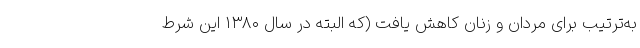
به‌ترتیب برای مردان و زنان کاهش یافت (که البته در سال ۱۳۸۰ این شرط